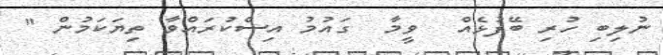
ނުލިބި ހުރި ބޭފުޅެއް  ވީމާ  ގައުމު އިސްކުރައްވާ ތިޔަކަމުން "